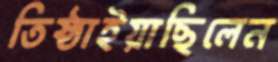
তিষ্ঠাইয়াছিলেন